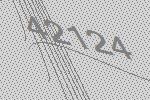
42124